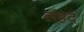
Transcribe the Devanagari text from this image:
लहद